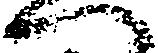
へ